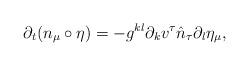
LaTeX: \begin{align*} \partial_{t} (n_\mu \circ \eta ) = - g^{kl}\partial_{k}v^{\tau}\hat n_{\tau}\partial_{l}\eta_{\mu},\end{align*}